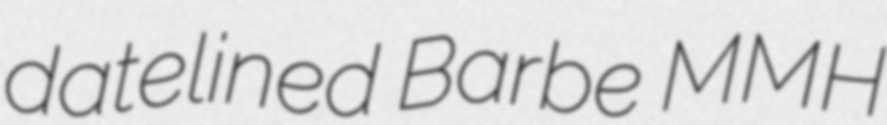
datelined Barbe MMH